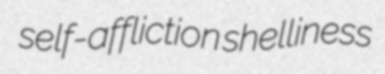
self-affliction shelliness